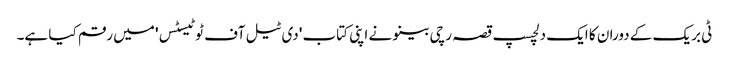
ٹی بریک کے دوران کا ایک دلچسپ قصہ رچی بینو نے اپنی کتاب 'دی ٹیل آف ٹو ٹیسٹس' میں رقم کیا ہے۔